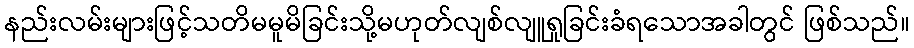
နည်းလမ်းများဖြင့်သတိမမူမိခြင်းသို့မဟုတ်လျစ်လျူရှုခြင်းခံရသောအခါတွင် ဖြစ်သည်။